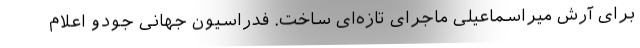
برای آرش میراسماعیلی ماجرای تازه‌ای ساخت. فدراسیون جهانی جودو اعلام